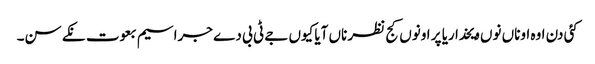
کئی دن اوہ اوناں نوں ویخدا ریا پر اونوں کج نظر ناں آیا کیوں جے ٹی بی دے جراسیم بعوت نکے سن۔